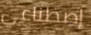
إصطناعي